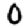
Digit: 0